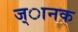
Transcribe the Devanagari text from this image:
ज्ानक